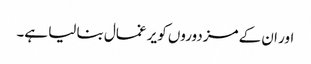
اور ان کے مزدوروں کو یر غمال بنا لیا ہے۔